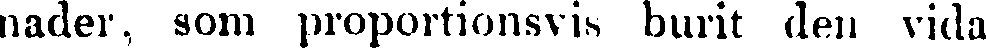
nåder, som proportionsvis burit den vida